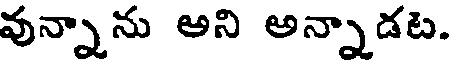
వున్నాను అని అన్నాడట.